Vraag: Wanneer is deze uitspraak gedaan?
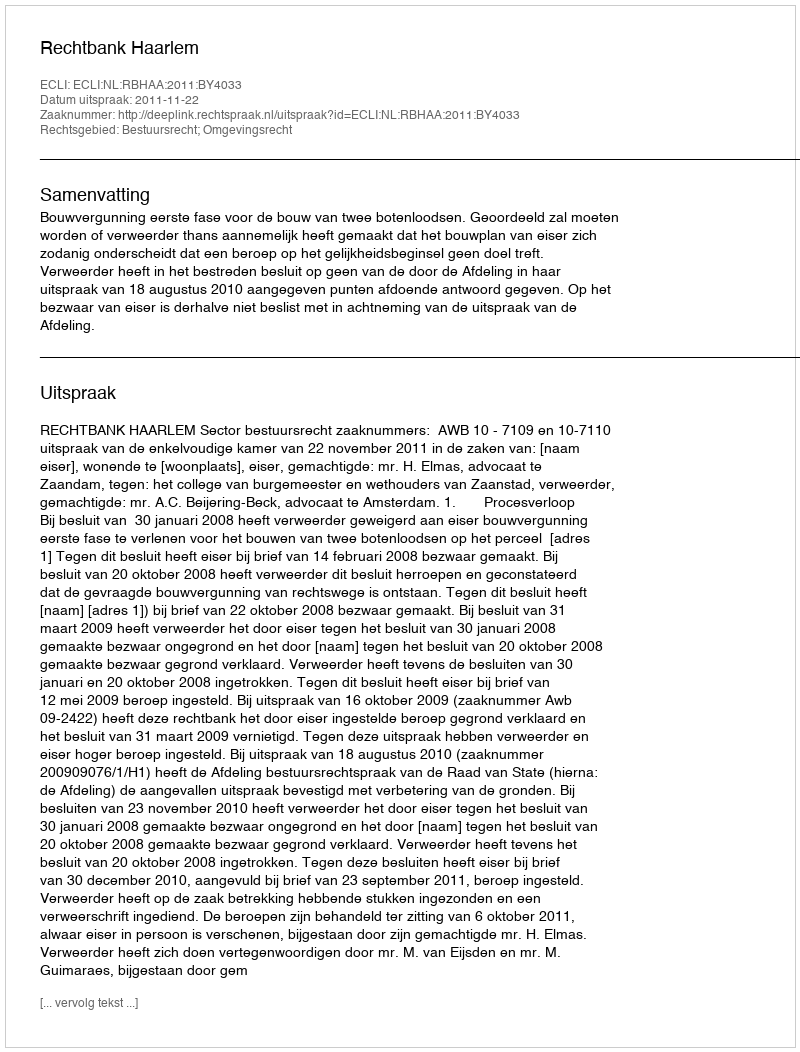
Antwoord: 2011-11-22